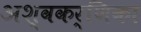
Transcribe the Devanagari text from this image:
अश्वकर्णिका